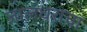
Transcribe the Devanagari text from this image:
जालंधराचा